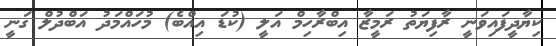
ކިޔާދީފައިވަނީ ރާފިޔަތު ރަމީޒާ އިބްރާހިމް އަލީ (ކުޑަ އިއްބެ) މުހައްމަދު އަބްދުލް ގަނީ